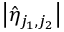
\big | \hat { \eta } _ { j _ { 1 } , j _ { 2 } } \big |